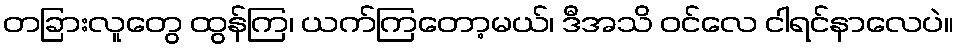
တခြားလူတွေ ထွန်ကြ၊ ယက်ကြတော့မယ်၊ ဒီအသိ ဝင်လေ ငါရင်နာလေပဲ။